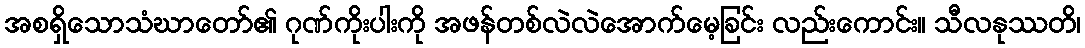
အစရှိသောသံဃာတော်၏ ဂုဏ်ကိုးပါးကို အဖန်တစ်လဲလဲအောက်မေ့ခြင်း လည်းကောင်း။ သီလနုဿတိ၊